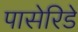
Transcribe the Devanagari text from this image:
पासेरिडे